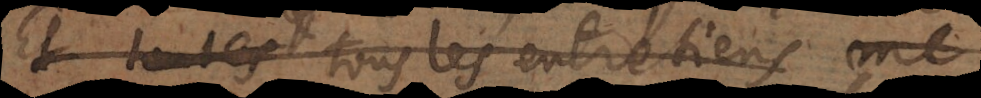
Et toutes tous les entretiens me